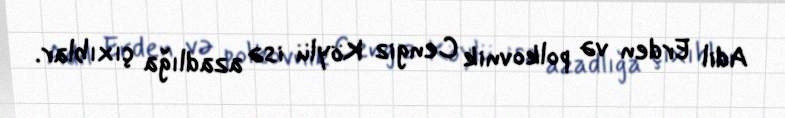
Adil Erden və polkovnik Cengiz Köylü isə azadlığa çıxıblar.